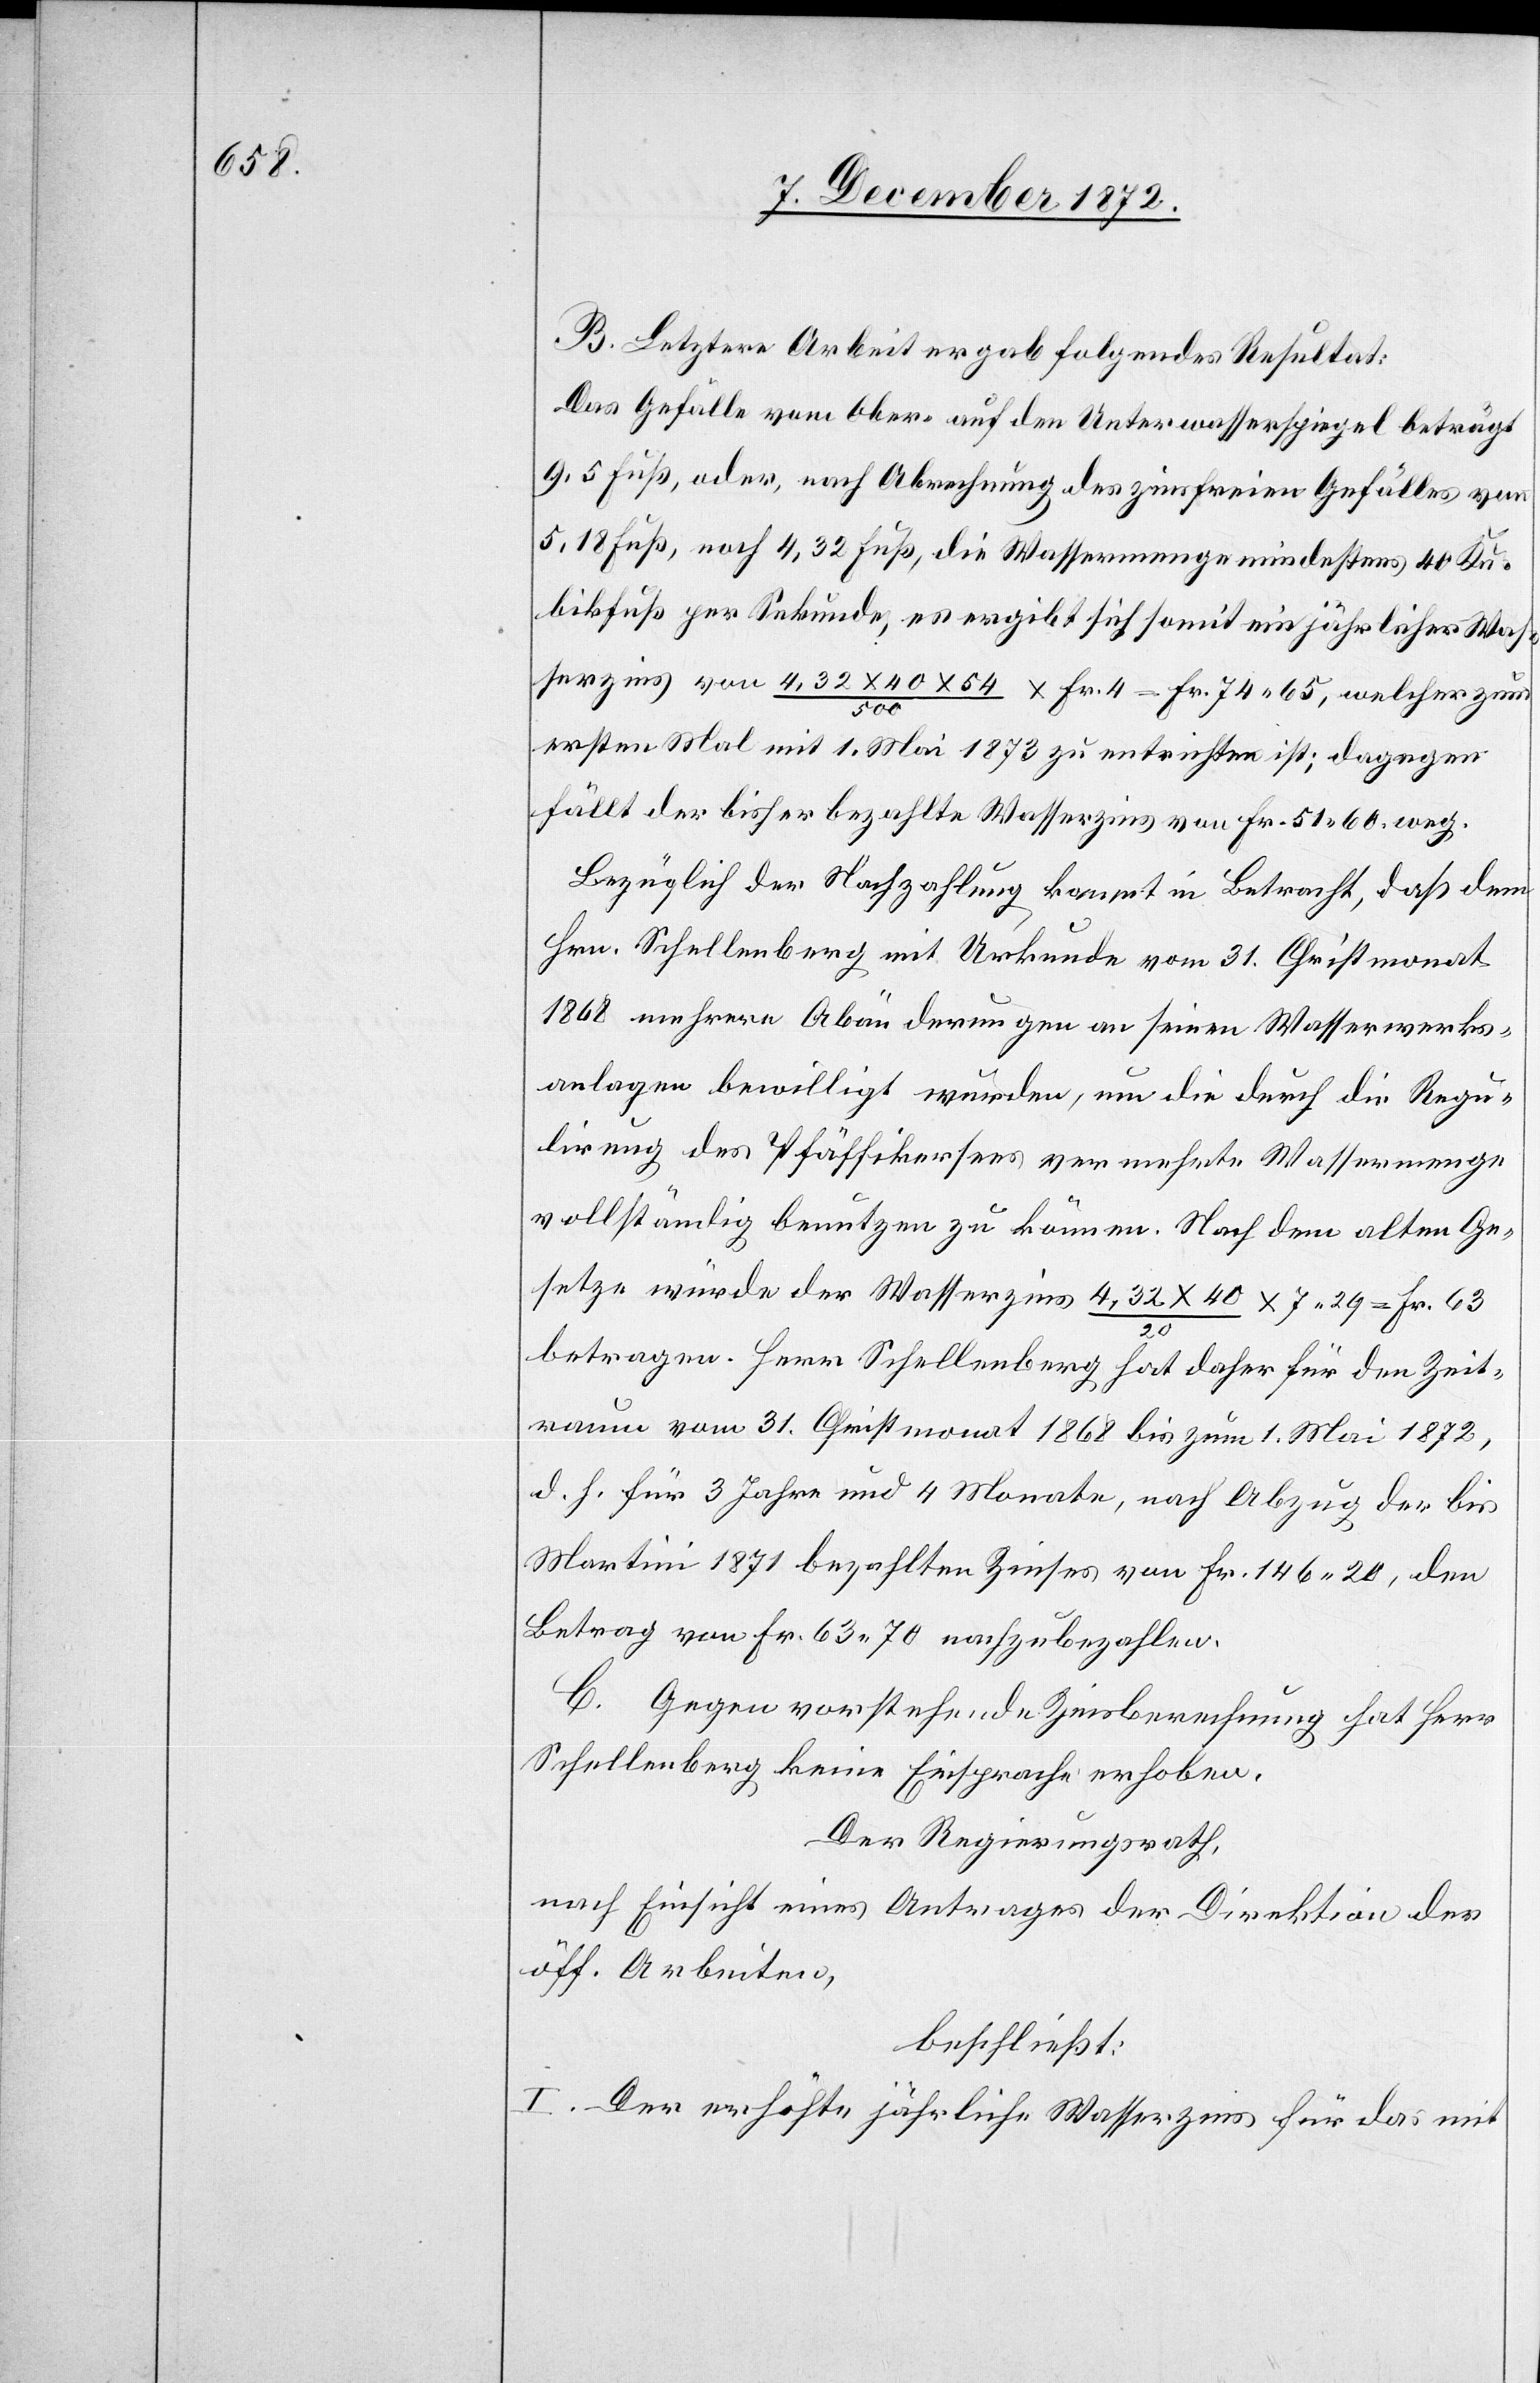
B. Letztere Arbeit ergab folgendes Resultat:
Das Gefälle vom Ober- auf den Unterwasserspiegel beträgt
9,5 Fuß, oder, nach Abrechnung des zinsfreien Gefälles von
5,18 Fuß, noch 4,32 Fuß, die Wassermenge mindestens 40 Ku¬
bikfuß per Sekunde, es ergibt sich somit ein jährlicher Was¬
serzins von 4,32 x 40 x 54 / 500 x Fr. 4 = Fr. 74 65, welcher zum
ersten Mal mit 1. Mai 1873 zu entrichten ist; dagegen
fällt der bisher bezahlte Wasserzins von Fr. 51 60 weg.
Bezüglich der Nachzahlung kommt in Betracht, daß dem
Hrn. Schellenberg mit Urkunde vom 31. Christmonat
1868 mehrere Abänderungen an seinen Wasserwerks¬
anlagen bewilligt wurden, um die durch die Regu¬
lirung des Pfäffikersees vermehrte Wassermenge
vollständig benutzen zu können. Nach dem alten Ge¬
setze würde der Wasserzins 4,32 x 40 / 20 x 7 29 = Fr. 63
betragen. Herr Schellenberg hat daher für den Zeit¬
raum vom 31. Christmonat 1868 bis zum 1. Mai 1872,
d. h. für 3 Jahre und 4 Monate, nach Abzug der bis
Martini 1871 bezahlten Zinses von Fr. 146 20, den
Betrag von Fr. 63 70 nachzubezahlen.
C. Gegen vorstehende Zinsberechnung hat Herr
Schellenberg keine Einsprache erhoben.
Der Regierungsrath,
nach Einsicht eines Antrages der Direktion der
öff. Arbeiten,
beschließt:
I. Der erhöhte jährliche Wasserzins für das mit